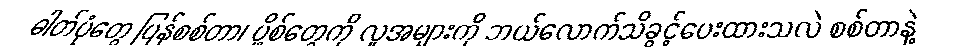
ဓါတ်ပုံတွေ ပြန်စစ်တာ၊ ပို့စ်တွေကို လူအများကို ဘယ်လောက်သိခွင့်ပေးထားသလဲ စစ်တာနဲ့